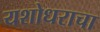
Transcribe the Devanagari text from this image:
यशोधराचा